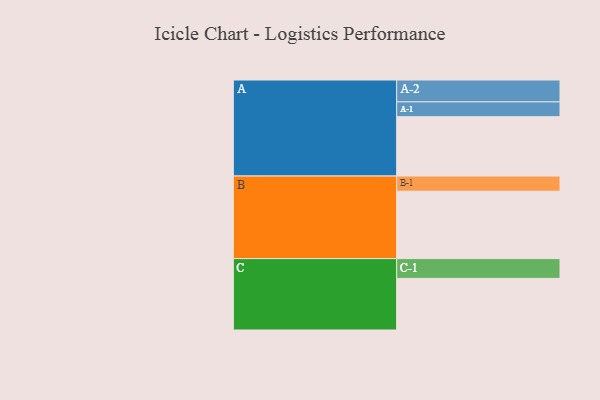
{"axis": {"x": "Segment", "y": "Value"}, "legend": ["", "A", "B", "C"], "data": [{"x": "A", "y": 489, "type": ""}, {"x": "B", "y": 555, "type": ""}, {"x": "C", "y": 425, "type": ""}, {"x": "A-1", "y": 122, "type": "A"}, {"x": "A-2", "y": 180, "type": "A"}, {"x": "B-1", "y": 125, "type": "B"}, {"x": "C-1", "y": 163, "type": "C"}]}